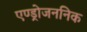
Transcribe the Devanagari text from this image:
एण्ड्रोजननिक